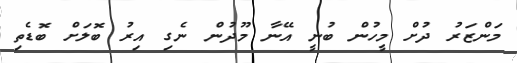
މަންޒަރު ދުށް މީހުން ބުނީ އޭނާ މޫދުން ނެގި އިރު ބޮލަށް ބޮޑެތި